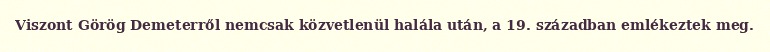
Viszont Görög Demeterről nemcsak közvetlenül halála után, a 19. században emlékeztek meg.